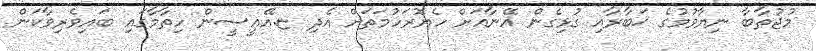
މުޖުތާބާ ނިޔާވުމުގެ ޚަބާރާއި ގުޅިގެން އޭނާއަށް ހެޔޮރަހުމަތަށް އެދި ޏ.އޭއީސީން ހިތާމާގައި ބައިވެރިވާކަން